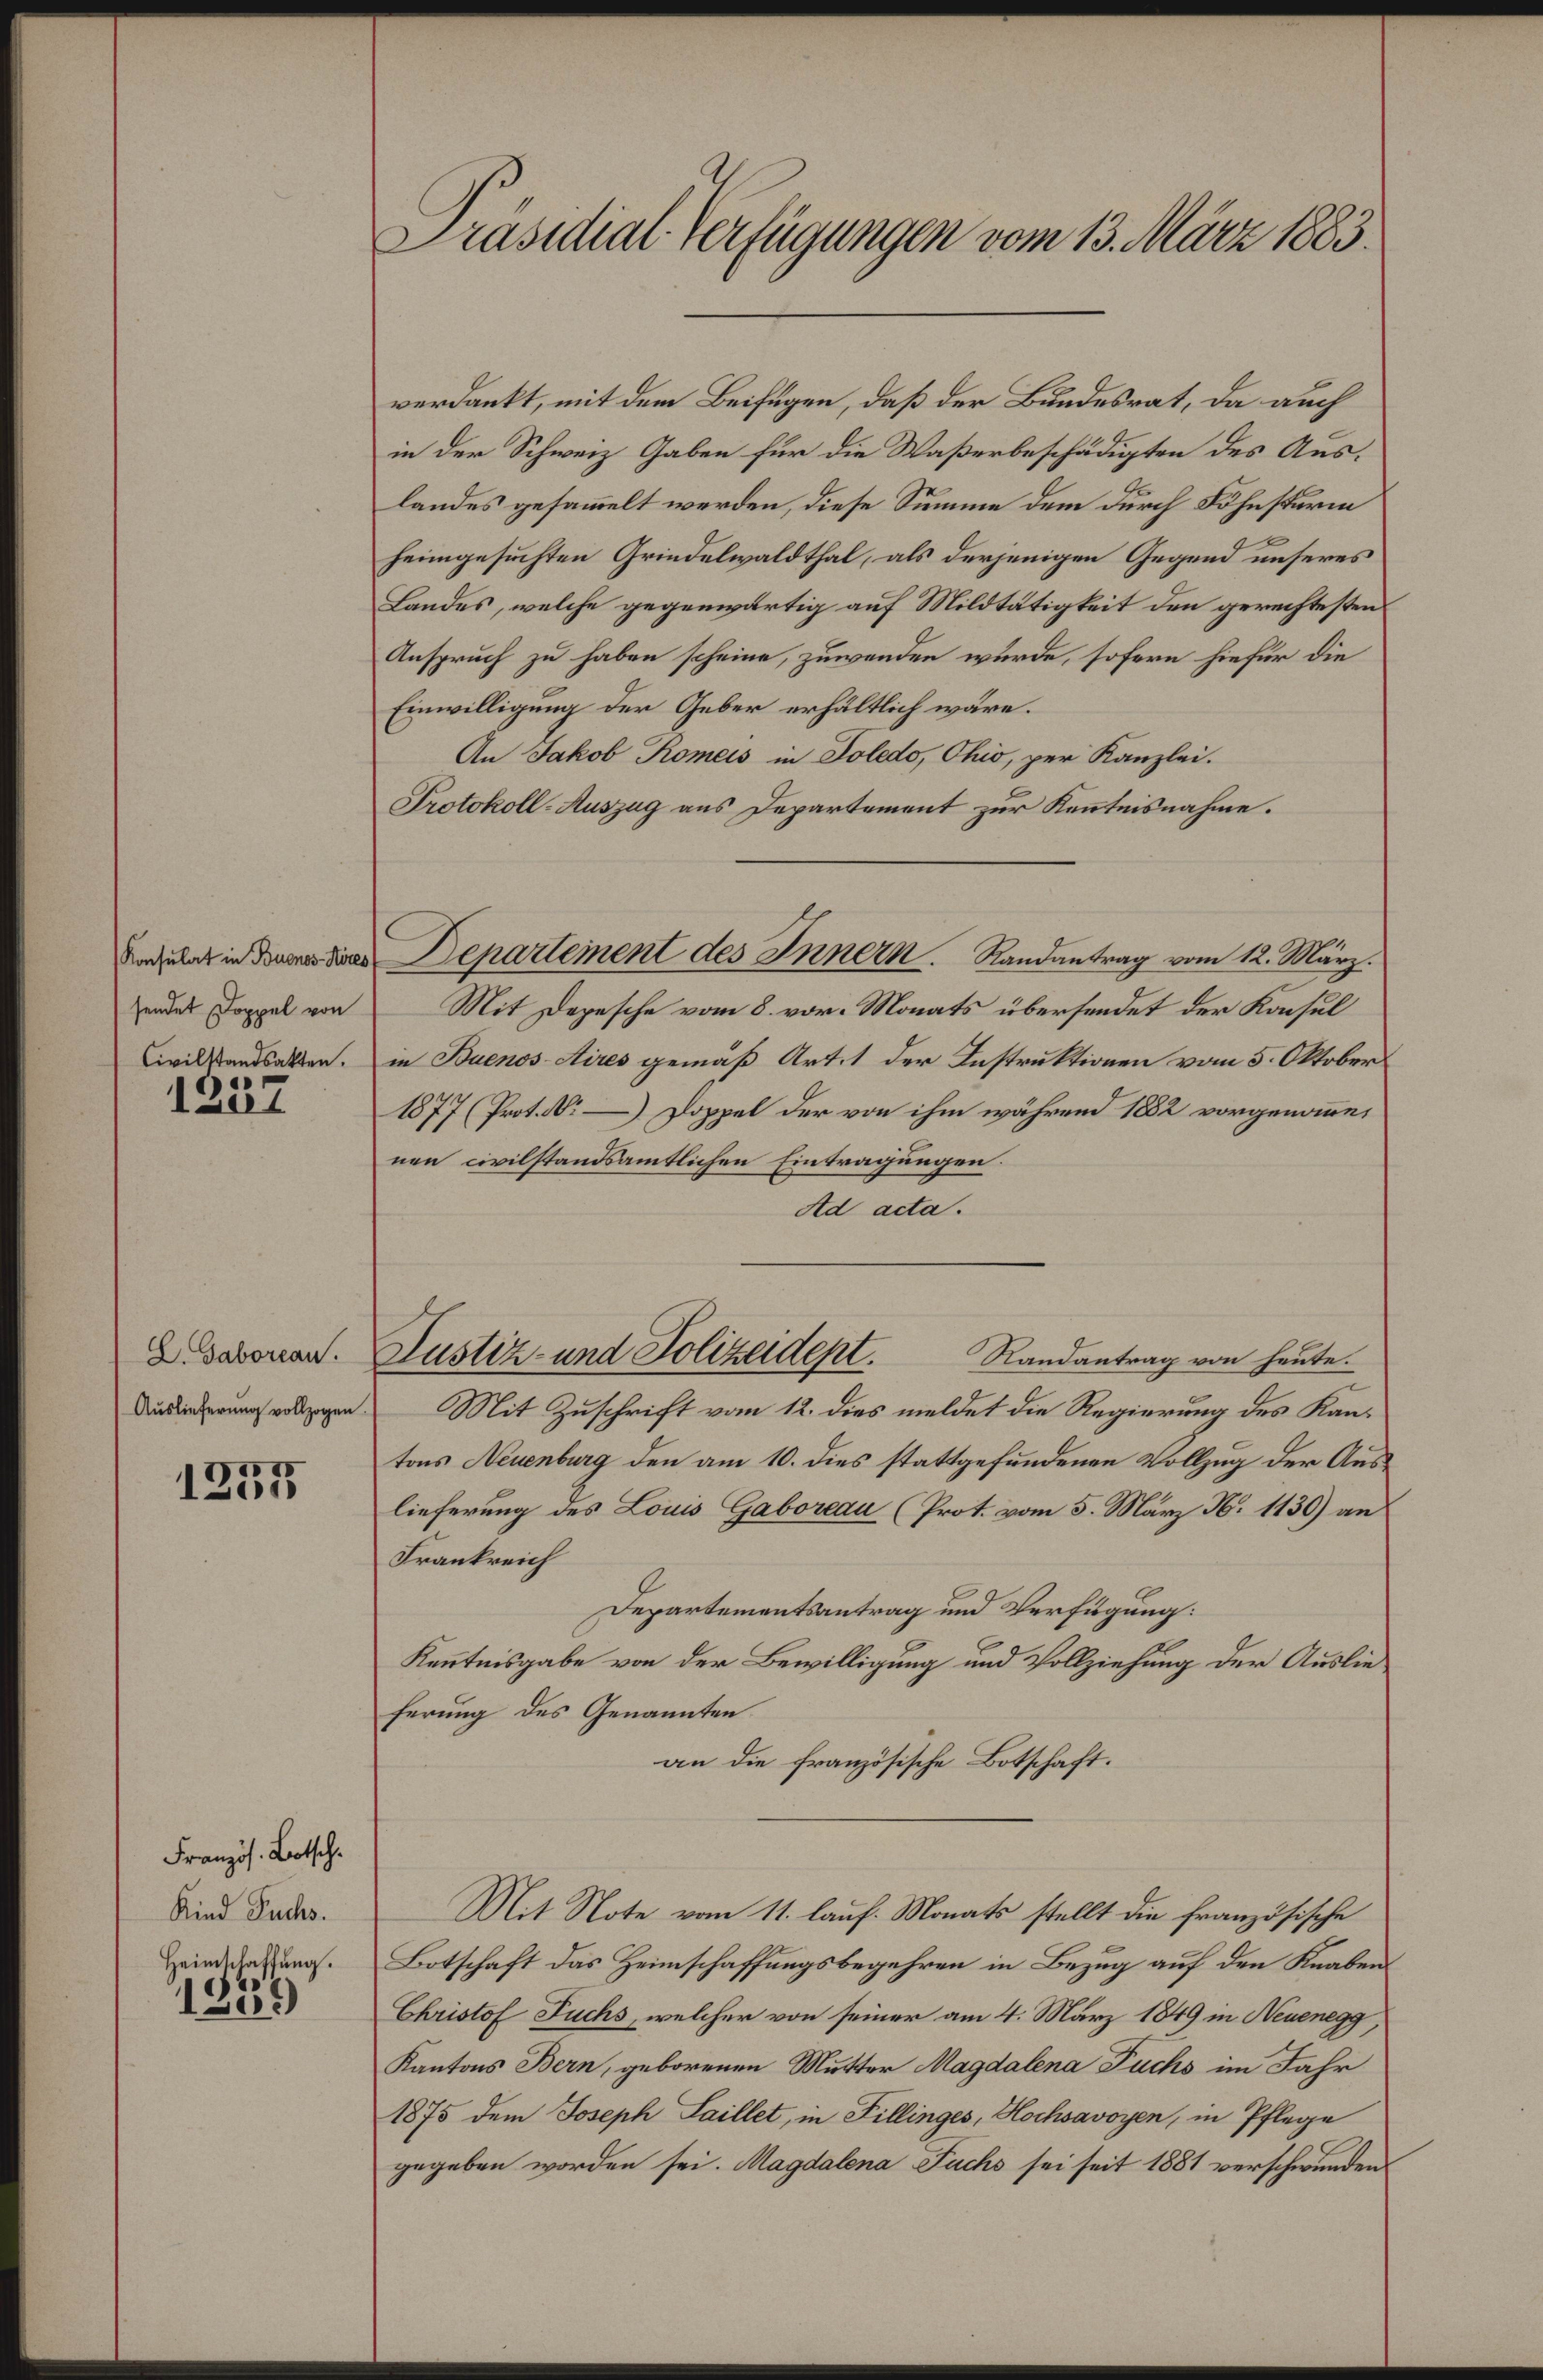
sendet Doppel von

1237

D. Saborean.
Auslieferung vollzogen.

d
1235

Französ. Botsch.
Kind Fuchs.
Heimschaffung.

)
183.

Präsidial-Verfügungen vom 13. März 1883.

verdankt, mit dem Beifügen, daß der Bundesrat, da auch
in der Schweiz Gaben für die Waßerbeschädigten des Auslandes gesammelt werden, diese Summe dem durch Föhnsturm
heimgesuchten Grindelwaldthal, als derjenigen Gegend unseres
Landes, welche gegenwärtig auf Mildtätigkeit den gerechtesten
Anspruch zu haben scheine, zuwenden wurde, sofern hiefür die
Einwilligung der Geber erhältlich wäre.
An Jakob Romeis in Poledo, Ohio, per Kanzlei.
Protokoll-Auszug aus Departement zur Kenntnisnahme.
Mit Depesche vom 8. vor. Monats übersendet der Konsul
Civilstandsakten. in Buenos Aires gemäß Art. 1 der Instruktionen vom 5. Oktober
1877 (Prot.   Doppel der von ihm während 1882 vorgenommen
nen civilstandsamtlichen Eintragungen.
Ad acta.
Justiz- und Polizeident.
Randantrag von heute.
Mit Zuschrift vom 12. dies meldet die Regierung des Kantons Neuenburg den am 10. dies stattgefundenen Vollzug der Auslieferung des Louis Gaboreau (Prot. vom 5. März N. 1130) an
Frankreich
Departementsantrag und Verfügung:
Kenntnisgabe von der Bewilligung und Vollziehung der Auslieferung des Genannten
an die französische Botschaft.
Mit Note vom 11. lauf. Monats stellt die französische
Botschaft das Heimschaffungsbegehren in Bezug auf den Knabens
Christof Fuchs, welcher von seiner am 4. März 1849 in Neuenegg,
Kantons Bern, geborenen Mutter Magdalena Fuchs im Jahr
1875 dem Joseph Saillet, in Fillinges, Hochsavoyen, in Pflege
gegeben worden sei. Magdalena Fuchs sei seit 1881 verschwunden

Regulat in den dem Departement des Innern. Randantrag vom 12. März.